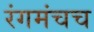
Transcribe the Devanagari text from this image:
रंगमंचच